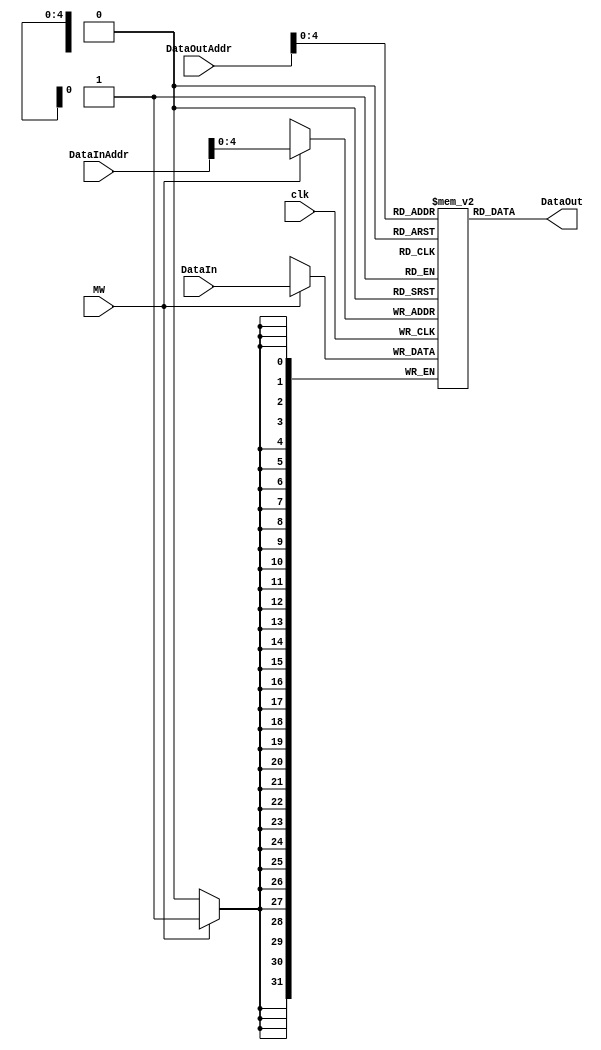
module DataMemory32Bit(
    input clk,
    input MW,
    input [31:0] DataInAddr,
	 input [31:0] DataOutAddr,
    input [31:0] DataIn,
    output wire [31:0] DataOut
    );
	 
	 integer i;
	 
	 initial begin
		for(i=0;i<SIZE;i=i+1) begin
			mem[i] = 0;
		end
		mem[1] = 32'b11001000111011001100100011101101; // 1.44781678214E+19 
		mem[2] = 32'b11001000111011001100100011101100;
		mem[3] = 32'b11111111111111101111111111111110; // 4294901758
		
		// Expected output of division:
		// 11001000111011011001000111011011 => 3371012571
		// 
	 end
	 
	 parameter SIZE = 20; // 32*20
	 
	 reg [31:0] mem [SIZE-1:0]; // 32^2 ... Massive

	assign DataOut = mem[DataOutAddr];

	 // manage the input and output
	 always @(posedge clk) begin
		if(MW) begin
			mem[DataInAddr] = DataIn;
		end
	 end

endmodule